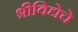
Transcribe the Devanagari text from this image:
श्रीविद्येचे